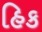
હિક